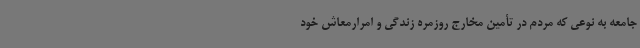
جامعه به نوعی که مردم در تأمین مخارج روزمره زندگی و امرارمعاش خود